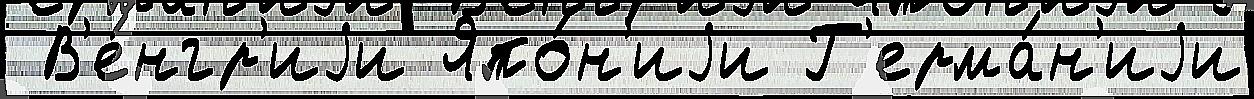
 В'е́нгр'иjи Япо́н'иjи Г'ерма́н'иjи